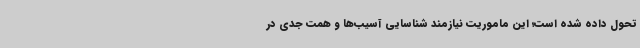
تحول داده شده است؛ این ماموریت نیازمند شناسایی آسیب‌ها و همت جدی در